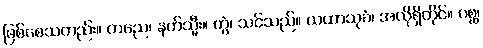
ဖြစ်စေသတည်း။ ကညေ၊ နတ်သ္မီး။ တွံ၊ သင်သည်။ ယထာသုခံ၊ အလိုရှိတိုင်။ ဂစ္ဆ၊